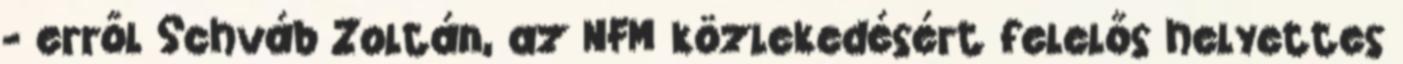
- erről Schváb Zoltán, az NFM közlekedésért felelős helyettes